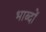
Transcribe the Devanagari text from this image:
भाब्दों